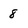
Character: 8